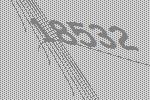
18532